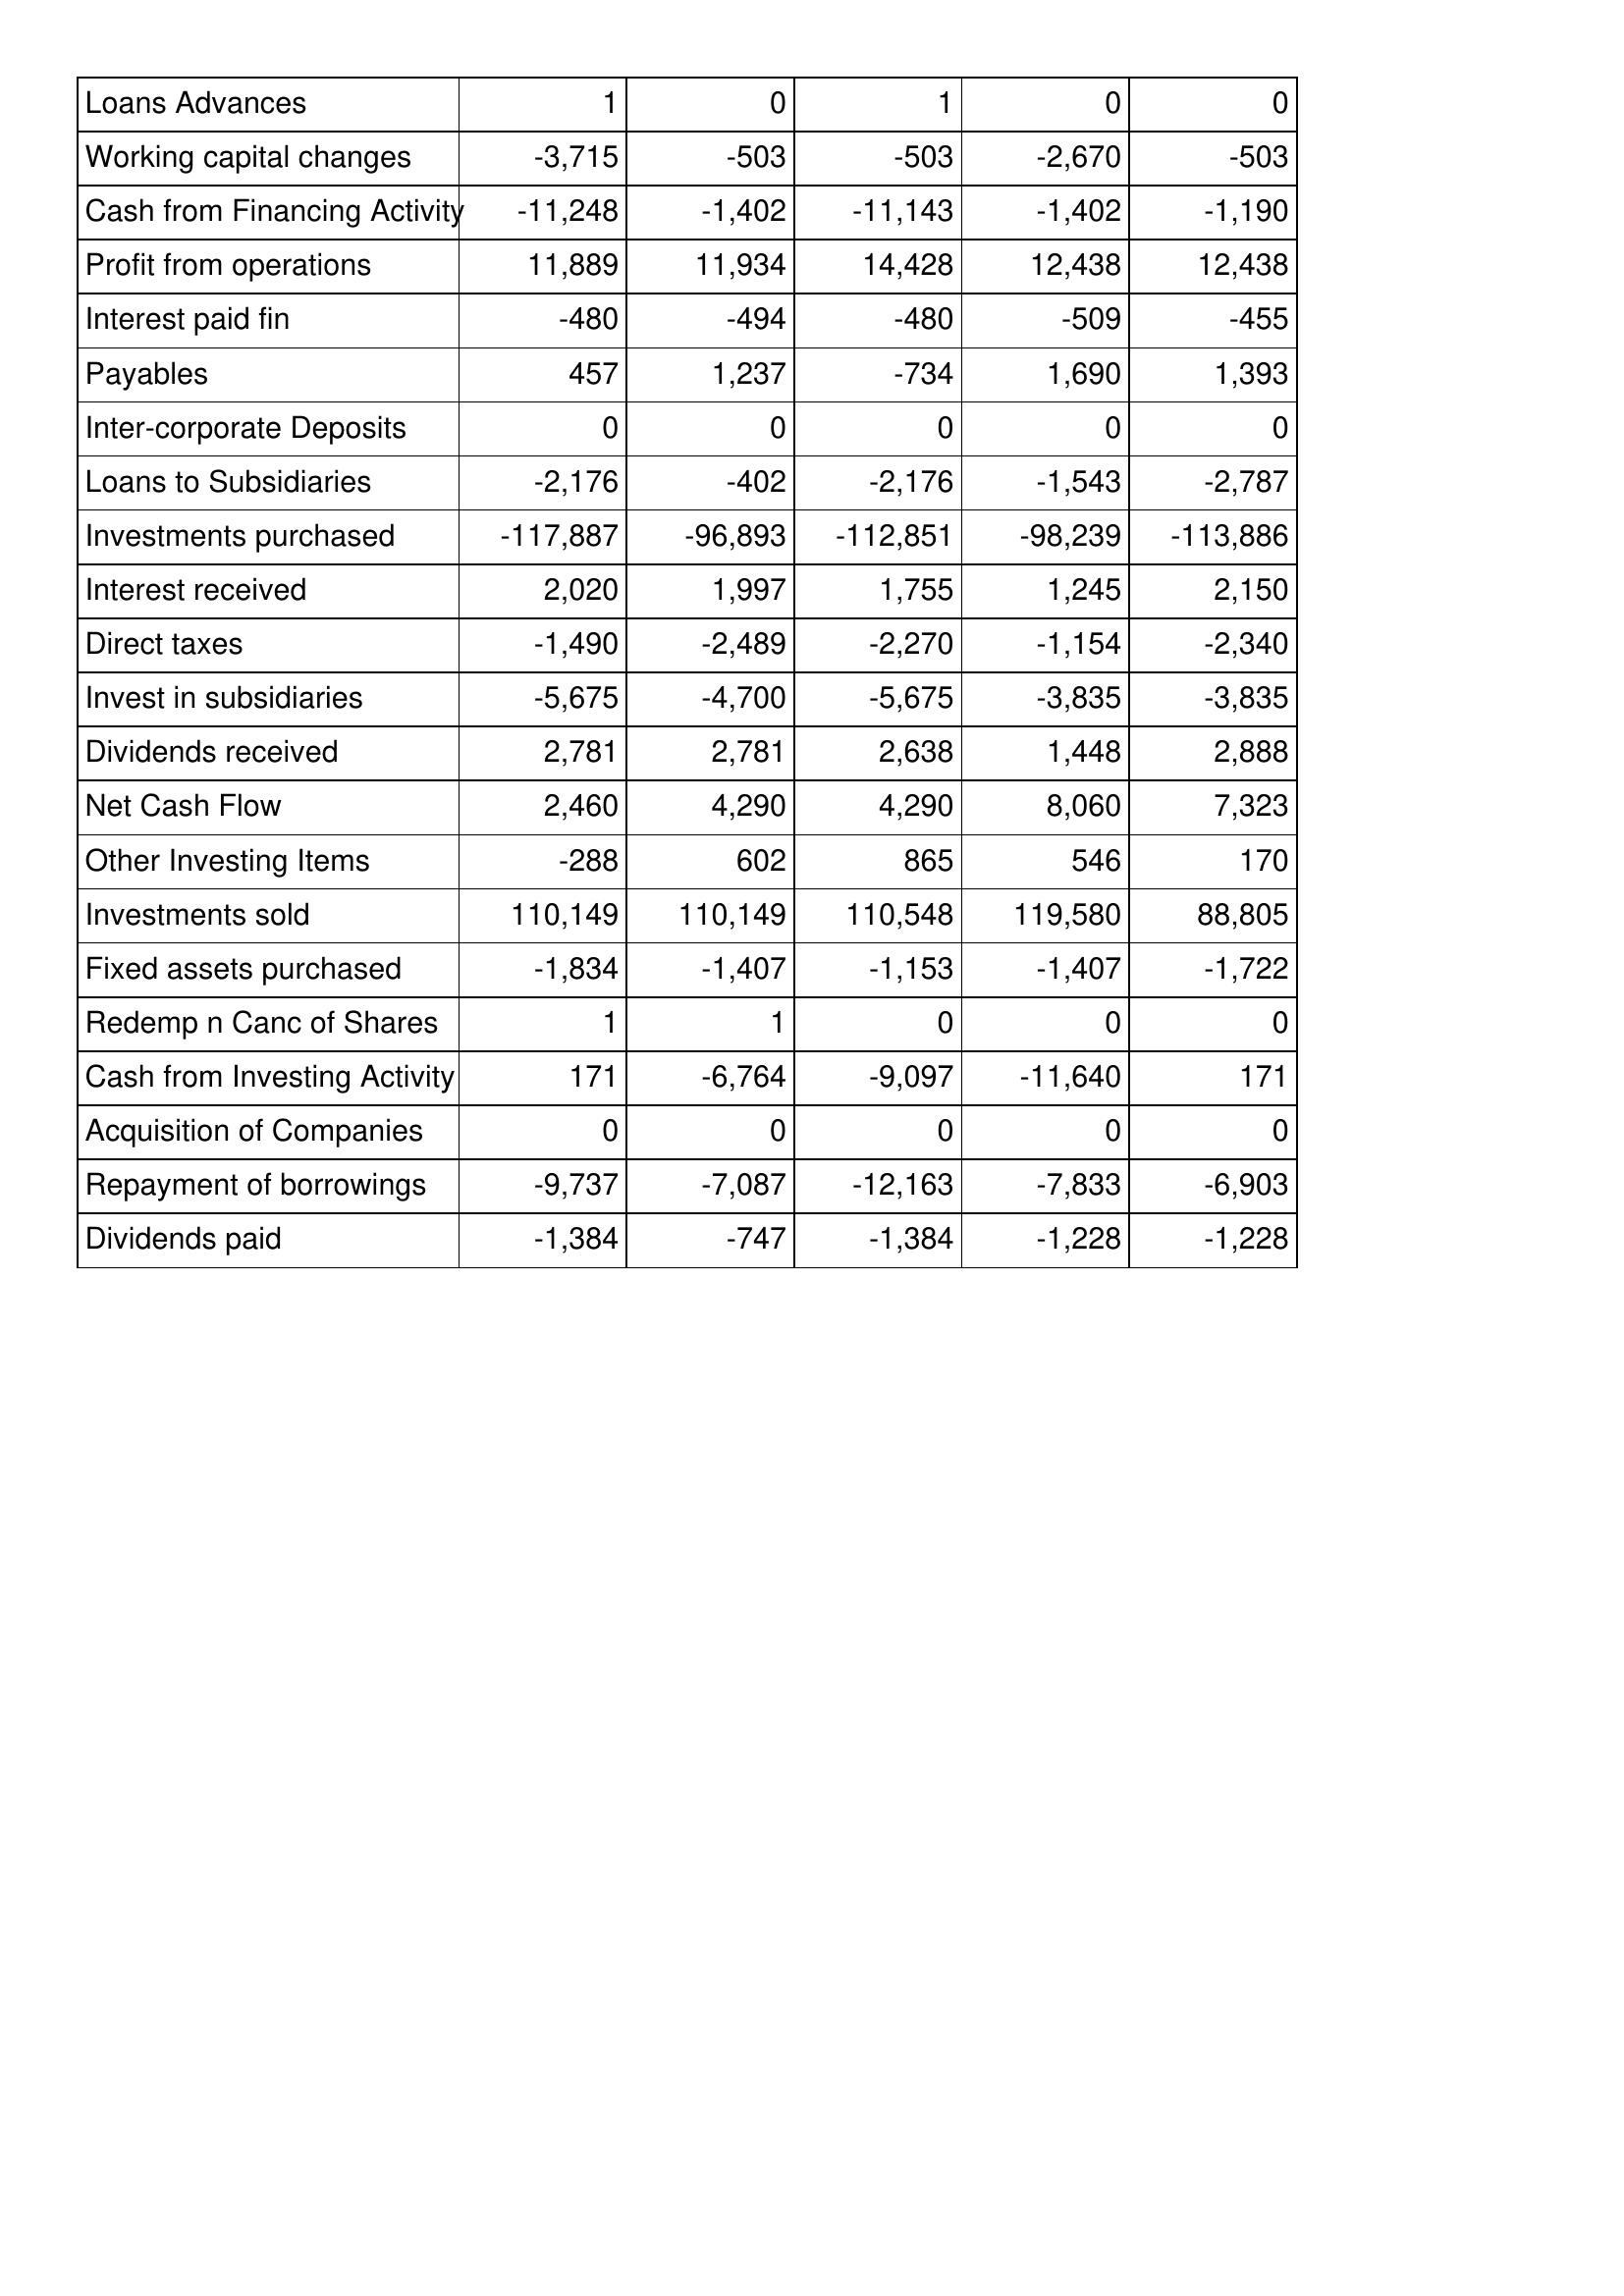
Apr-08: Cash Flows: Loans Advances: 1
Working capital changes: -3,715
Cash from Financing Activity: -11,248
Profit from operations: 11,889
Interest paid fin: -480
Payables: 457
Inter-corporate Deposits: 0
Loans to Subsidiaries: -2,176
Investments purchased: -117,887
Interest received: 2,020
Direct taxes: -1,490
Invest in subsidiaries: -5,675
Dividends received: 2,781
Net Cash Flow: 2,460
Other Investing Items: -288
Investments sold: 110,149
Fixed assets purchased: -1,834
Redemp n Canc of Shares: 1
Cash from Investing Activity: 171
Acquisition of Companies: 0
Repayment of borrowings: -9,737
Dividends paid: -1,384
Apr-07: Cash Flows: Loans Advances: 0
Working capital changes: -503
Cash from Financing Activity: -1,402
Profit from operations: 11,934
Interest paid fin: -494
Payables: 1,237
Inter-corporate Deposits: 0
Loans to Subsidiaries: -402
Investments purchased: -96,893
Interest received: 1,997
Direct taxes: -2,489
Invest in subsidiaries: -4,700
Dividends received: 2,781
Net Cash Flow: 4,290
Other Investing Items: 602
Investments sold: 110,149
Fixed assets purchased: -1,407
Redemp n Canc of Shares: 1
Cash from Investing Activity: -6,764
Acquisition of Companies: 0
Repayment of borrowings: -7,087
Dividends paid: -747
Apr-06: Cash Flows: Loans Advances: 1
Working capital changes: -503
Cash from Financing Activity: -11,143
Profit from operations: 14,428
Interest paid fin: -480
Payables: -734
Inter-corporate Deposits: 0
Loans to Subsidiaries: -2,176
Investments purchased: -112,851
Interest received: 1,755
Direct taxes: -2,270
Invest in subsidiaries: -5,675
Dividends received: 2,638
Net Cash Flow: 4,290
Other Investing Items: 865
Investments sold: 110,548
Fixed assets purchased: -1,153
Redemp n Canc of Shares: 0
Cash from Investing Activity: -9,097
Acquisition of Companies: 0
Repayment of borrowings: -12,163
Dividends paid: -1,384
Apr-05: Cash Flows: Loans Advances: 0
Working capital changes: -2,670
Cash from Financing Activity: -1,402
Profit from operations: 12,438
Interest paid fin: -509
Payables: 1,690
Inter-corporate Deposits: 0
Loans to Subsidiaries: -1,543
Investments purchased: -98,239
Interest received: 1,245
Direct taxes: -1,154
Invest in subsidiaries: -3,835
Dividends received: 1,448
Net Cash Flow: 8,060
Other Investing Items: 546
Investments sold: 119,580
Fixed assets purchased: -1,407
Redemp n Canc of Shares: 0
Cash from Investing Activity: -11,640
Acquisition of Companies: 0
Repayment of borrowings: -7,833
Dividends paid: -1,228
Apr-04: Cash Flows: Loans Advances: 0
Working capital changes: -503
Cash from Financing Activity: -1,190
Profit from operations: 12,438
Interest paid fin: -455
Payables: 1,393
Inter-corporate Deposits: 0
Loans to Subsidiaries: -2,787
Investments purchased: -113,886
Interest received: 2,150
Direct taxes: -2,340
Invest in subsidiaries: -3,835
Dividends received: 2,888
Net Cash Flow: 7,323
Other Investing Items: 170
Investments sold: 88,805
Fixed assets purchased: -1,722
Redemp n Canc of Shares: 0
Cash from Investing Activity: 171
Acquisition of Companies: 0
Repayment of borrowings: -6,903
Dividends paid: -1,228